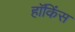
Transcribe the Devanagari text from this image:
हॉकिंस